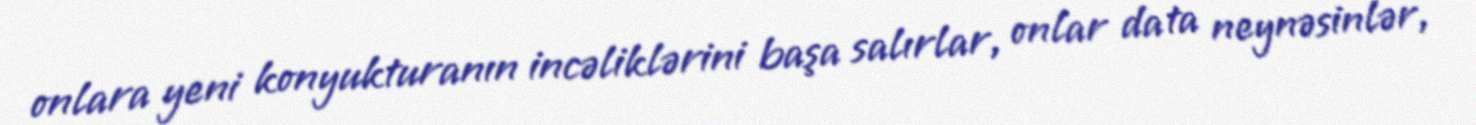
onlara yeni konyukturanın incəliklərini başa salırlar, onlar da ta neynəsinlər,